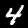
Label: 4